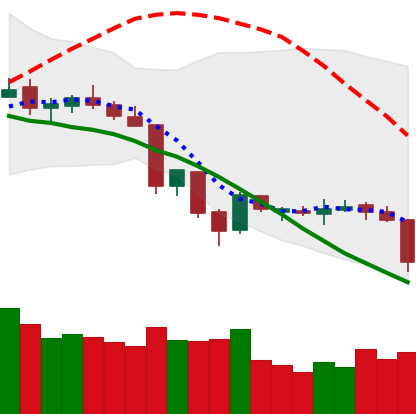
Ticker: XLM-USD
Chart end date: 2018-06-22
Forward return: -6.772%
Label: down_5_7